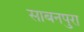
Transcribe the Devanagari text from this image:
साबनपुरा